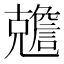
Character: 𠓏